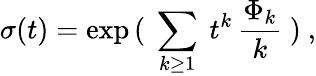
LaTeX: \sigma(t)=\exp\, (\ \sum_{k\geq 1}\ t^{k}\, {\frac{\Phi_{k}}{k}}\ )\ ,